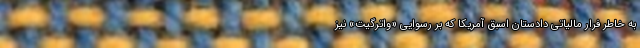
به خاطر فرار مالیاتی دادستان اسبق آمریکا که بر رسوایی «واترگیت» نیز